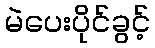
မဲပေးပိုင်ခွင့်